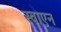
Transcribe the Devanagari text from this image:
स्वाएन